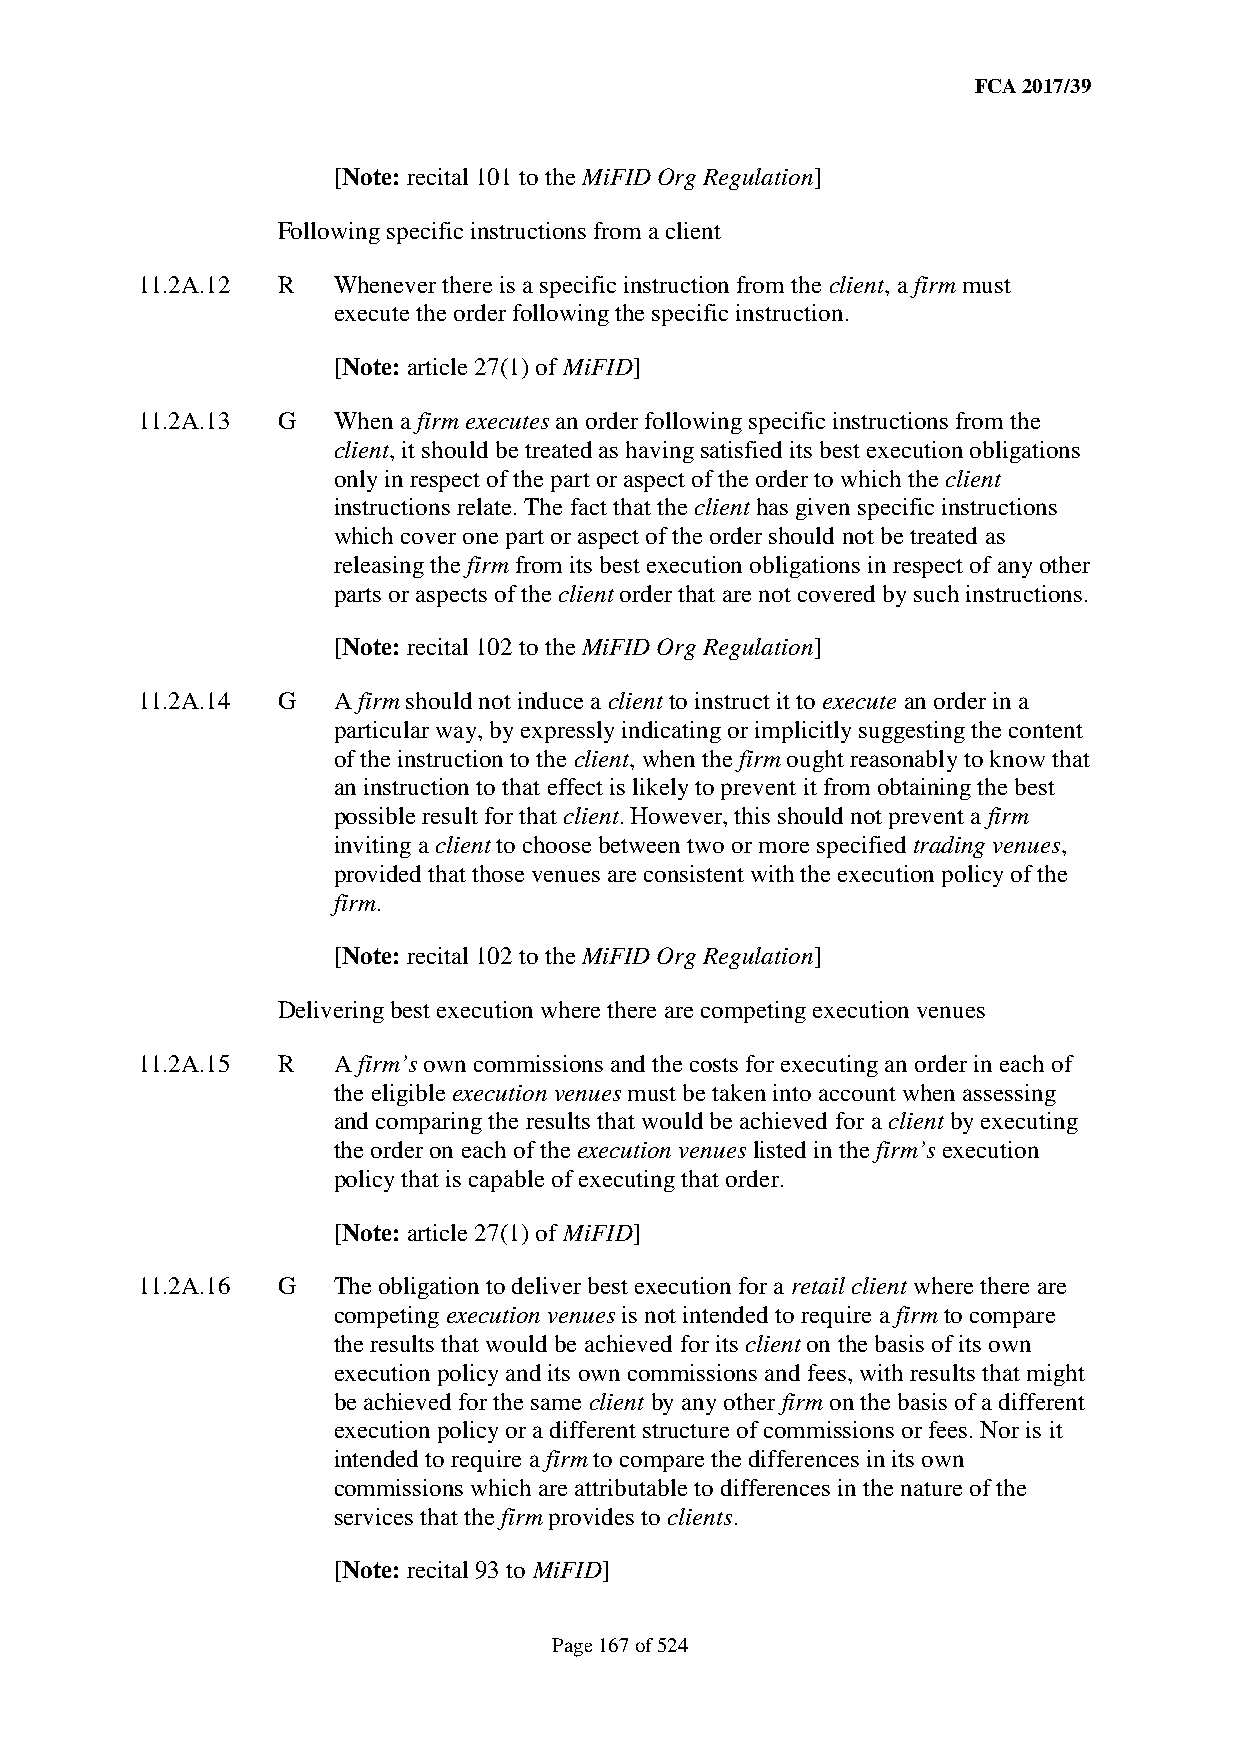
FCA 2017/39
 [Note: recital 101 to the MiFID Org Regulation]
 Following specific instructions from a client
 11.2A.12 R   Whenever there is a specific instruction from the client, a firm must
 execute the order following the specific instruction.
 [Note: article 27(1) of MiFID]
 11.2A.13 G   When a firm executes an order following specific instructions from the
 client, it should be treated as having satisfied its best execution obligations
 only in respect of the part or aspect of the order to which the client
 instructions relate. The fact that the client has given specific instructions
 which cover one part or aspect of the order should not be treated as
 releasing the firm from its best execution obligations in respect of any other
 parts or aspects of the client order that are not covered by such instructions.
 [Note: recital 102 to the MiFID Org Regulation]
 11.2A.14 G   A firm should not induce a client to instruct it to execute an order in a
 particular way, by expressly indicating or implicitly suggesting the content
 of the instruction to the client, when the firm ought reasonably to know that
 an instruction to that effect is likely to prevent it from obtaining the best
 possible result for that client. However, this should not prevent a firm
 inviting a client to choose between two or more specified trading venues,
 provided that those venues are consistent with the execution policy of the
 firm.
 [Note: recital 102 to the MiFID Org Regulation]
 Delivering best execution where there are competing execution venues
 11.2A.15 R   A firm’s own commissions and the costs for executing an order in each of
 the eligible execution venues must be taken into account when assessing
 and comparing the results that would be achieved for a client by executing
 the order on each of the execution venues listed in the firm’s execution
 policy that is capable of executing that order.
 [Note: article 27(1) of MiFID]
 11.2A.16 G   The obligation to deliver best execution for a retail client where there are
 competing execution venues is not intended to require a firm to compare
 the results that would be achieved for its client on the basis of its own
 execution policy and its own commissions and fees, with results that might
 be achieved for the same client by any other firm on the basis of a different
 execution policy or a different structure of commissions or fees. Nor is it
 intended to require a firm to compare the differences in its own
 commissions which are attributable to differences in the nature of the
 services that the firm provides to clients.
 [Note: recital 93 to MiFID]
 Page 167 of 524